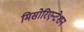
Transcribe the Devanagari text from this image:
मिसोरिएन्टेशन